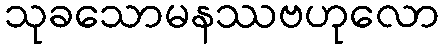
သုခသောမနဿဗဟုလော